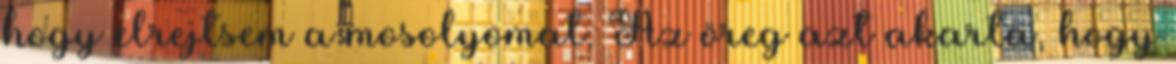
hogy elrejtsem a mosolyomat. Az öreg azt akarta, hogy